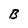
Character: B